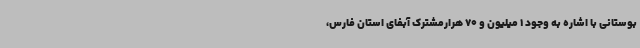
بوستانی با اشاره به وجود 1 میلیون و 70 هرارمشترک آبفای استان فارس،